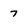
Character: 7